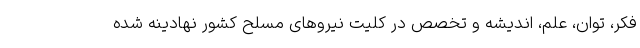
فکر، توان، علم، اندیشه و تخصص در کلیت نیروهای مسلح کشور نهادینه شده